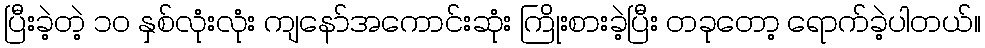
ပြီးခဲ့တဲ့ ၁၀ နှစ်လုံးလုံး ကျနော်အကောင်းဆုံး ကြိုးစားခဲ့ပြီး တခုတော့ ရောက်ခဲ့ပါတယ်။